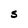
Character: S